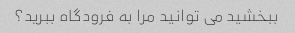
ببخشید می توانید مرا به فرودگاه ببرید؟